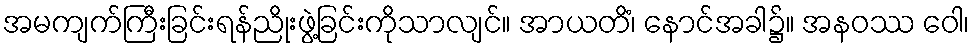
အမကျက်ကြီးခြင်းရန်ညိုးဖွဲ့ခြင်းကိုသာလျင်။ အာယတိံ၊ နောင်အခါ၌။ အနဝဿ ဝေါ၊